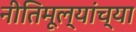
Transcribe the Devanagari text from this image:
नीतिमूल्यांच्या